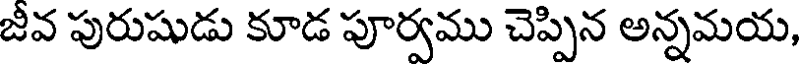
జీవ పురుషుడు కూడ పూర్వము చెప్పిన అన్నమయ,